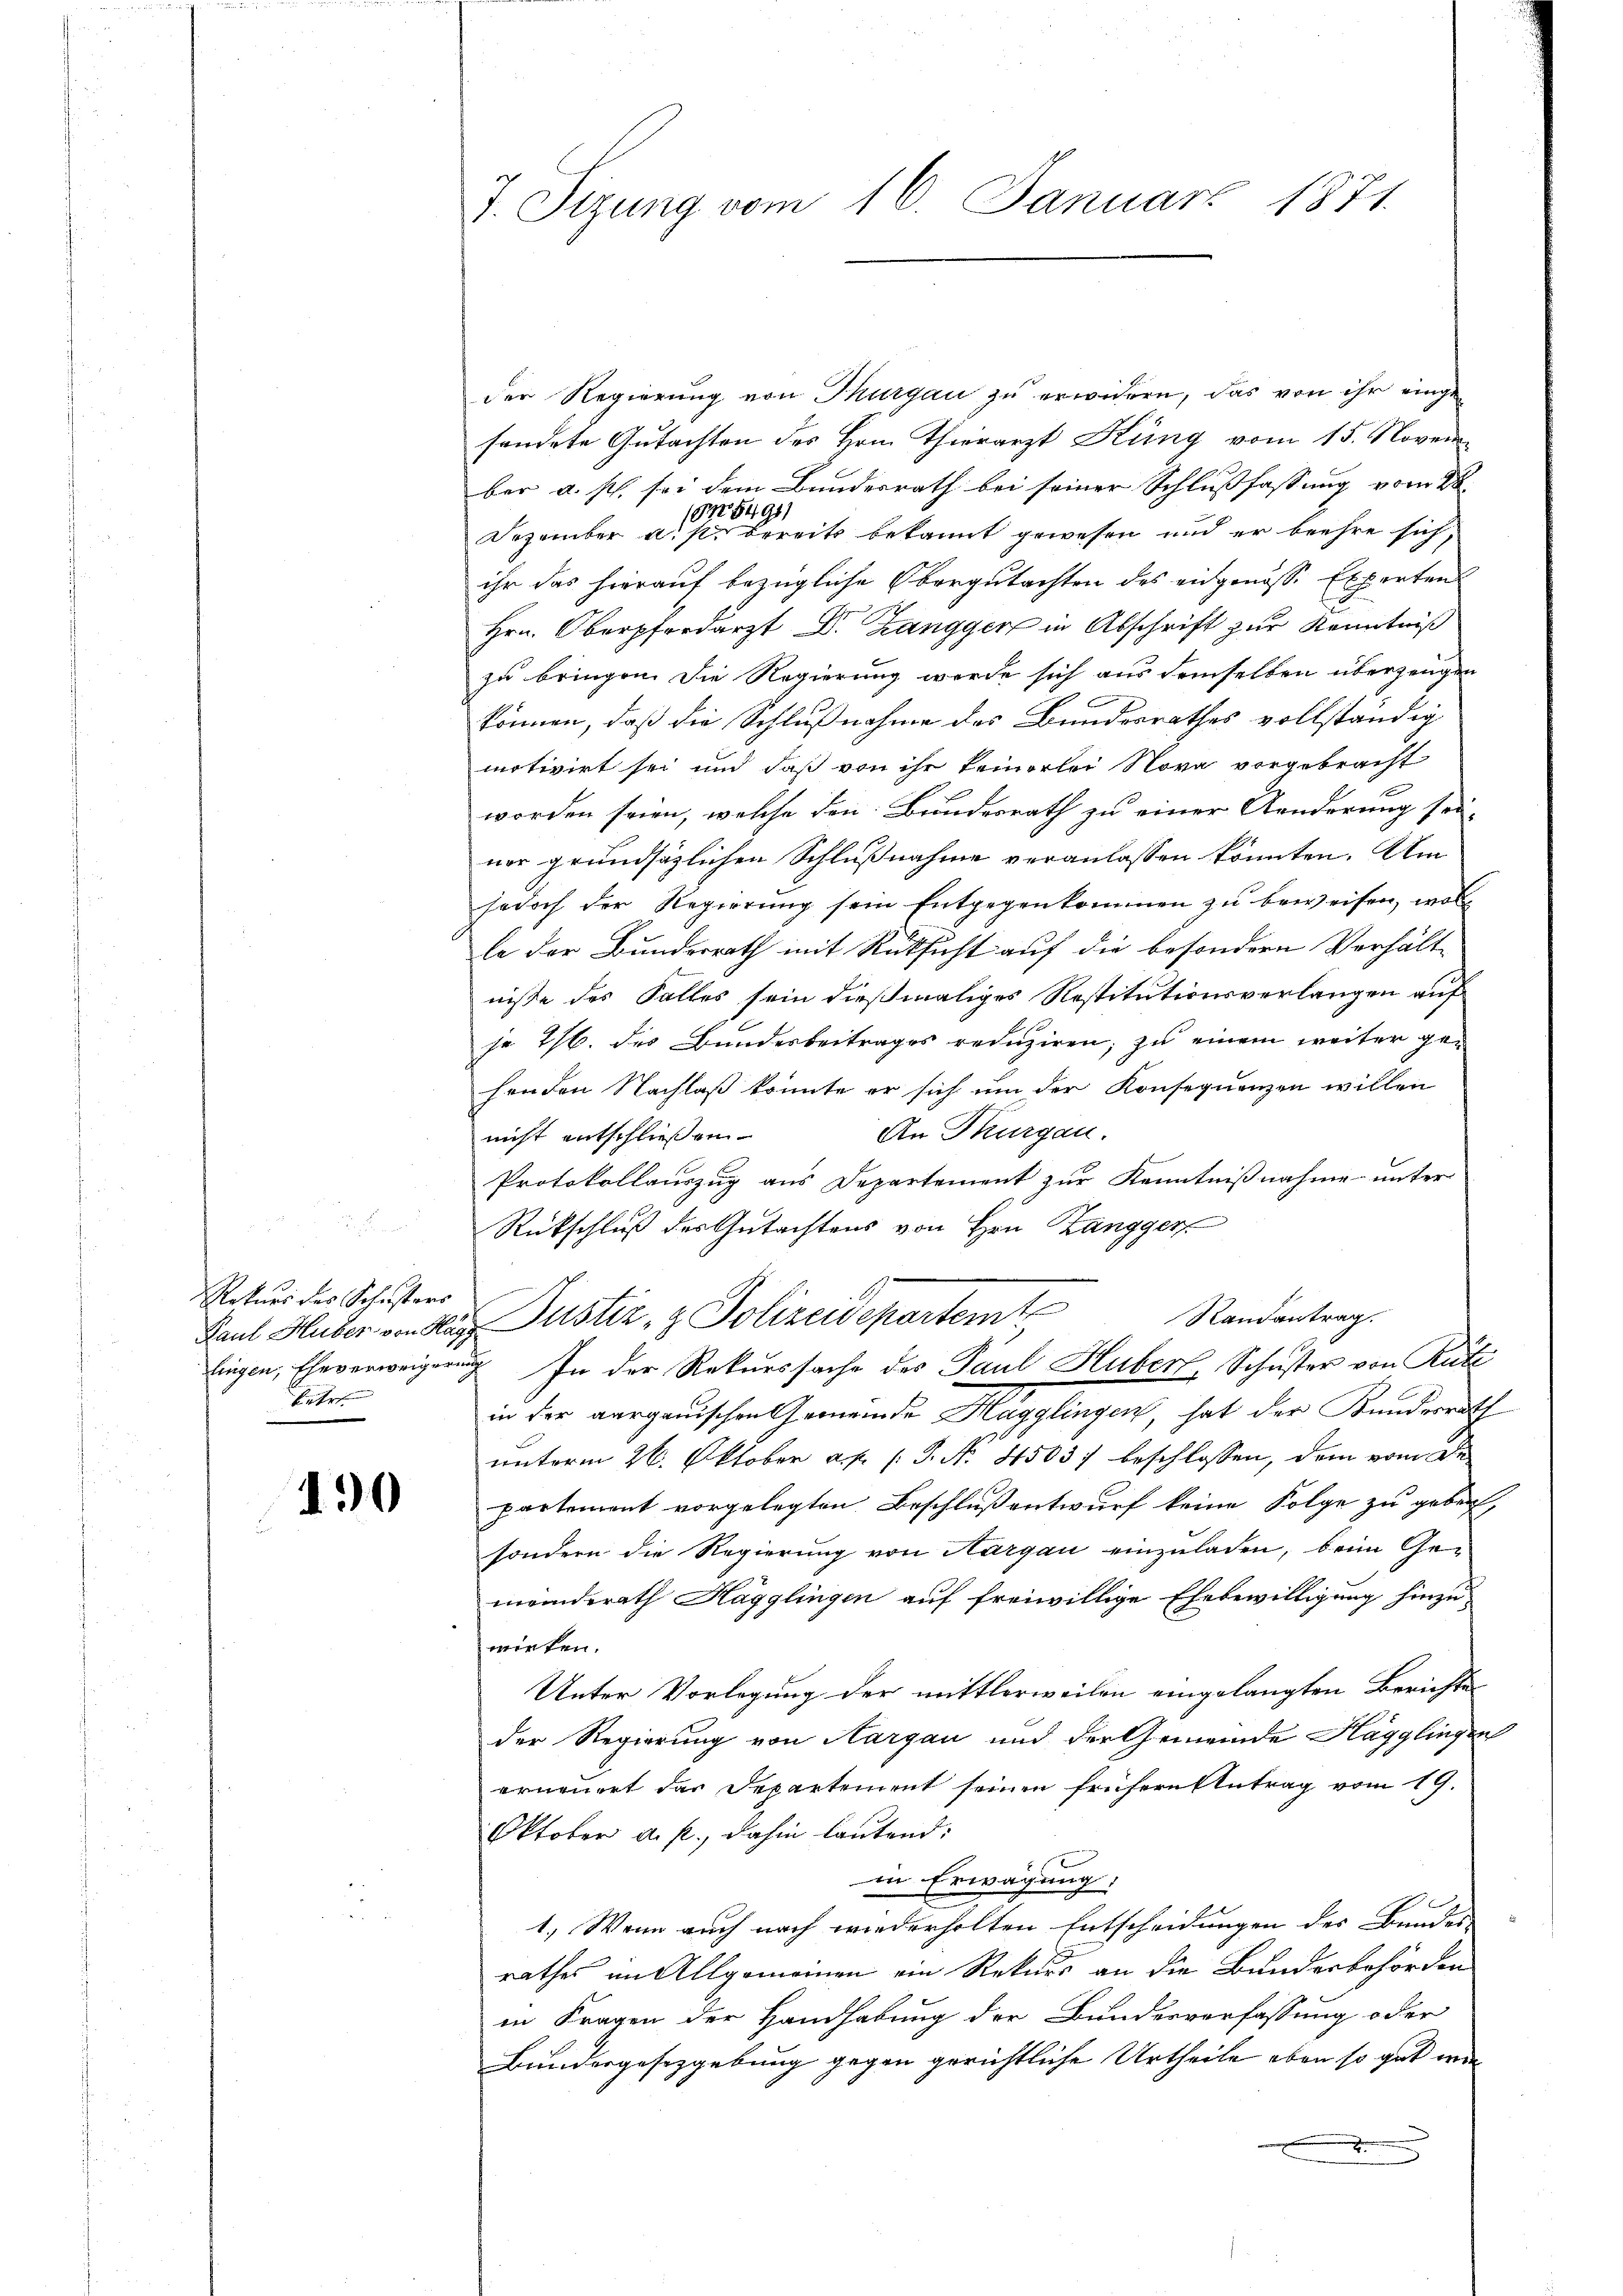
Rekurs des Schusters
betr.

190

J. Sizung vom 16. Januar 1871.

der Regierung von Thurgau zu erwidern, das von ihr eingesendete Gutachten des Hrn. Thierarzt Küng vom 15. November a. p. sei dem Bundesrath bei seiner Schlußfassung vom 28.
1878491,
Dezember a. p. bereits bekannt gewesen und er beehre sich
ihr das hierauf bezügliche Obergutachten des eidgenösse Experten
Hrn. Oberpferdarzt Dr. Zangger in Abschrift zur Kenntniß
zu bringen. Die Regierung werde sich aus demselben überzeugen
können, daß die Schlußnahme des Bundesrathes vollständig
motivirt sei und daß von ihr keinerlei Nova vorgebracht
worden seien, welche den Bundesrath zu einer Aenderung sei-
ner grundsätzlichen Schlußnahme veranlassen könnten. Am
jedoch der Regierung sein Entgegenkommen zu beweisen, woll
le der Bundesrath mit Rücksicht auf die besondern Verhält-
nisse des Falles sein dießmaliges Restitutionsverlangen auf
jo 716. des Bundesbeitrages reduziren; zu einem weiter gehenden Nachlaß könnte er sich um der Konsequenzen willen
An Thurgau.
nicht entschließen.
Protokollauszug aus Departement zur Kenntnißnahme unter
Rückschluß des Gutachtens von Hrn. Zangger
Randantrag.
Rant Huber von das Justiz & Polizeidepartemte
lingen, Eheverweigerung. In der Rekurssache des Paul Huber, Schuster von Rüte
in der aargauischen Gemeinde Hagglingen, hat der Kundesrath
unterm 26. Oktober a. p. 1 S. Nr. 4503) beschlossen, dem vom de
partemont vorgelegten Beschluß entwurf keine Folge zu geben,
sondern die Regierung von Hargau einzuladen, beim Gemeinderath Hagglingen auf freiwillige Ehebewilligung hinzu
wirken.
Unter Vorlegung der mittlerweilen eingelangten Berichtes
der Regierung von Aargau und der Gemeinde Hägglingen
erneuert das Departement seinen frühern Antrag vom 19.
Oktober a. p., dahin lautend:
in Erwägung,
1.) Wenn auch nach wiederholten Entscheidungen des Bundes
rathes im Allgemeinen ein Rekurs an die Bundesbehörden
in Fragen der Handhabung der Bundesverfassung oder
Bundergesetzgebung gegen gerichtliche Urtheile eben so gut wie |